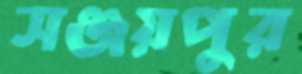
সঞ্জয়পুর